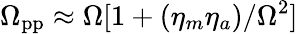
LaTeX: \Omega_{\mathrm{pp}}\approx\Omega[1+(\eta_{m}\eta_{a})/\Omega^{2}]